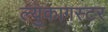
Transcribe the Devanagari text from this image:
ल्युकागस्टर